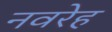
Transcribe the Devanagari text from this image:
नवरेह